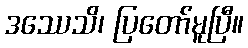
ဒဿေသိ၊ ပြတော်မူပြီ။